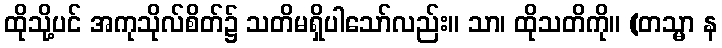
ထိုသို့ပင် အကုသိုလ်စိတ်၌ သတိမရှိပါသော်လည်း။ သာ၊ ထိုသတိကို။ (တသ္မာ န